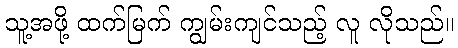
သူ့အဖို့ ထက်မြက် ကျွမ်းကျင်သည့် လူ လိုသည်။